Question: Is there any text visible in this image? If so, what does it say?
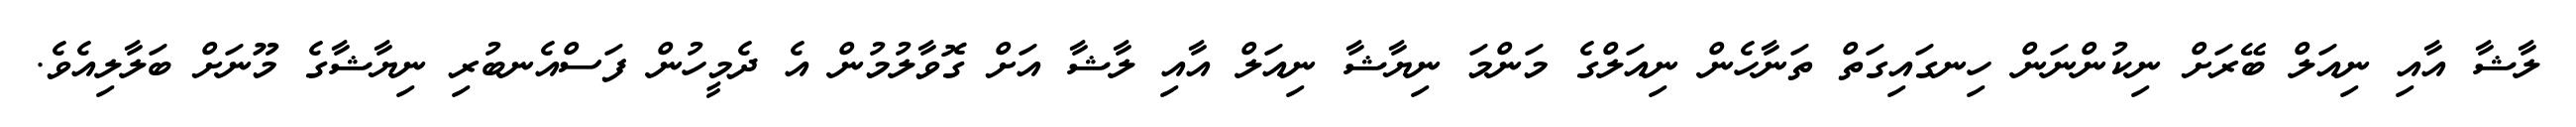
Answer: ލާޝާ އާއި ނިއަލް ބޭރަށް ނިކުންނަން ހިނގައިގަތް ތަނާހެން ނިއަލްގެ މަންމަ ނިޔާޝާ ނިއަލް އާއި ލާޝާ އަށް ގޮވާލުމުން އެ ދެމީހުން ފަސްއެނބުރި ނިޔާޝާގެ މޫނަށް ބަލާލިއެވެ.